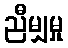
ညီမျှမှု